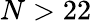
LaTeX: N>22